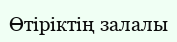
Өтіріктің залалы